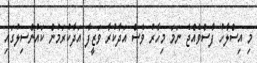
މި އިސްލާހު ފާސްވެއްޖެ ނަމަ މިހާރު ވެސް އަދާކުރާ ވަޒީފާ އަދާކުރަމުން ކައުންސިލުގައި